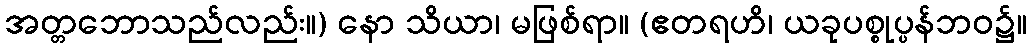
အတ္တဘောသည်လည်း။) နော သိယာ၊ မဖြစ်ရာ။ (ဧတရဟိ၊ ယခုပစ္စုပ္ပန်ဘဝ၌။